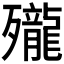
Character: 𪚗